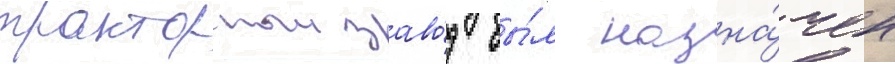
тракторныи заво́д бы́л назна́чен